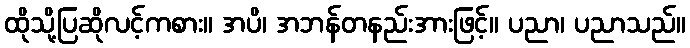
ထိုသို့ပြဆိုလင့်ကစား။ အပိ၊ အဘန်တနည်းအားဖြင့်။ ပညာ၊ ပညာသည်။